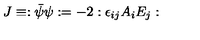
J \equiv : \bar { \psi } \psi : = - 2 : \epsilon _ { i j } A _ { i } E _ { j } :